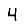
Digit: 4